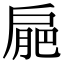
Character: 𢩒